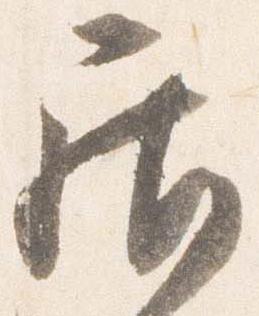
居